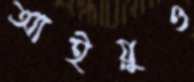
আইয়ুও